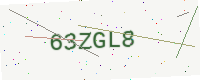
Text: 63ZGL8